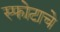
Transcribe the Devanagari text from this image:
स्फोटाचे